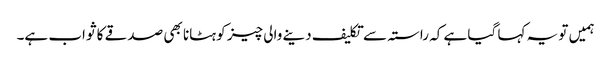
ہمیں تو یہ کہا گیا ہے کہ راستہ سے تکلیف دینے والی چیز کو ہٹانا بھی صدقے کا ثواب ہے۔